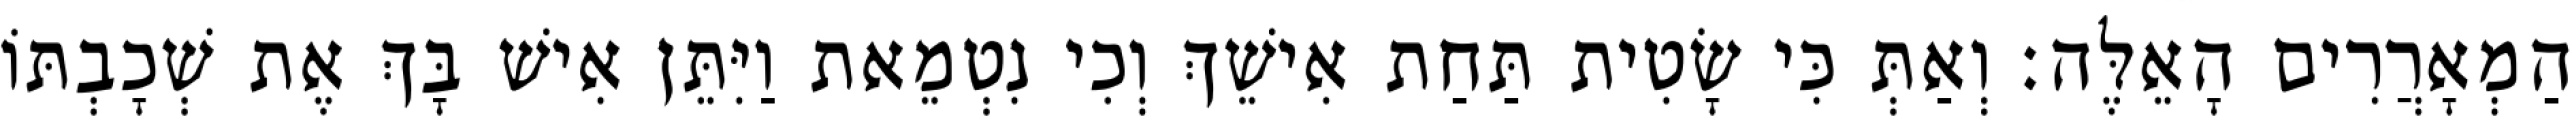
הַמְאָרֲרִים הָאֵלֶּה׃ וְאַתְּ כִּי שָׂטִית תַּחַת אִישֵׁךְ וְכִי נִטְמֵאת וַיִּתֵּן אִישׁ בָּךְ אֶת שְׁכָבְתּוֹ